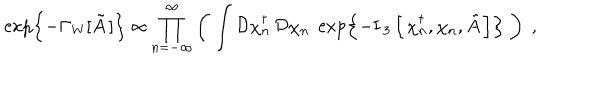
LaTeX: \exp \left\{ - \Gamma _ { \mathrm { W } } [ \tilde { A } \, ] \right\} \propto \prod _ { n = - \infty } ^ { \infty } \left( \; \int \mathcal { D } \chi _ { n } ^ { \dagger } \, \mathcal { D } \chi _ { n } \; \exp \left\{ - \mathrm { I } _ { \, 3 } \left[ \, \chi _ { n } ^ { \dagger } , \chi _ { n } , \tilde { A } \, \right] \right\} \; \right) \; ,